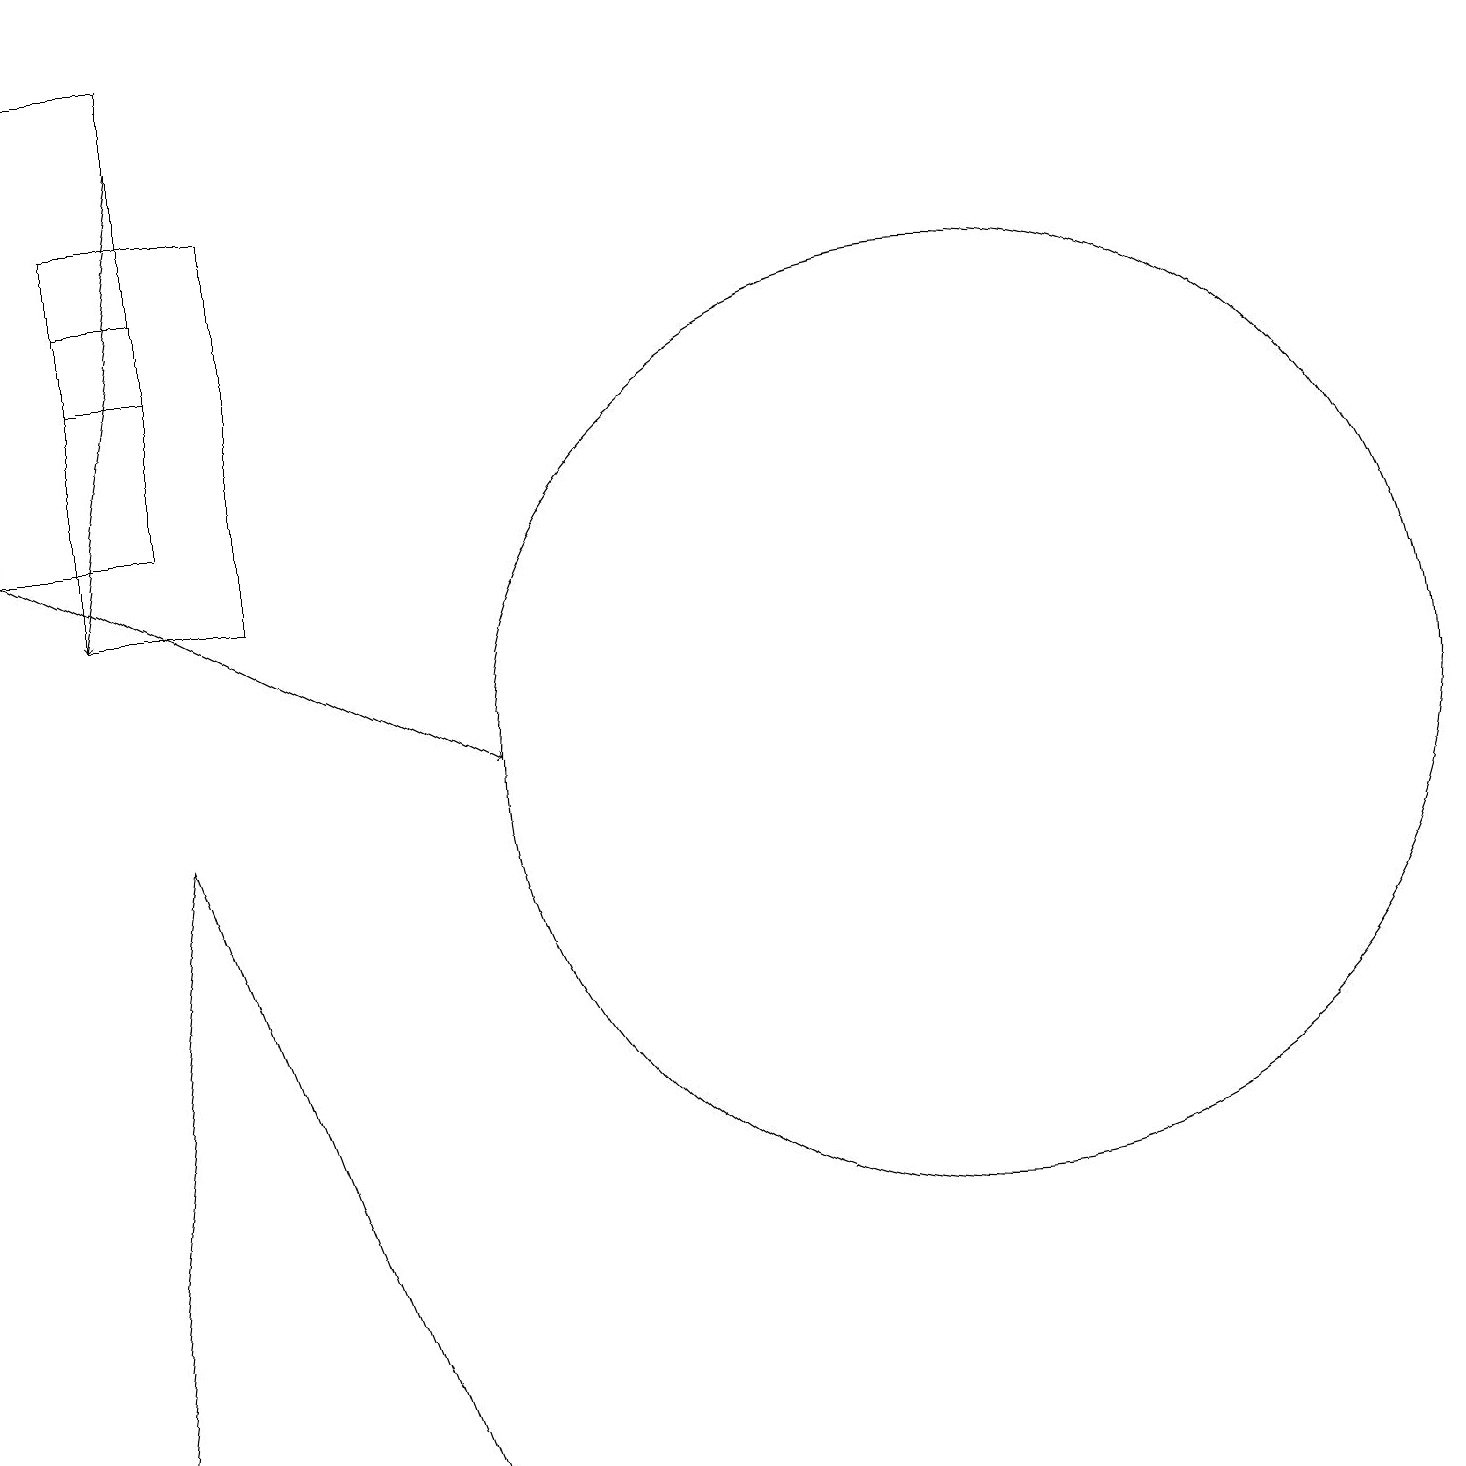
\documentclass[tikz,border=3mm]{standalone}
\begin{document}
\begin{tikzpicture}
\draw (1,15) rectangle (2,16);
\draw (3,17) rectangle (1,12);
\draw[->] (0,13) -- (6,10);
\draw (5,1) -- (1,1) -- (2,9) -- cycle;
\draw (0,19) rectangle (2,13);
\draw (12,10) circle (6);
\draw[->] (2,18) -- (1,12);
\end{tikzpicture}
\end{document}